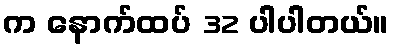
က နောက်ထပ် 32 ပါပါတယ်။